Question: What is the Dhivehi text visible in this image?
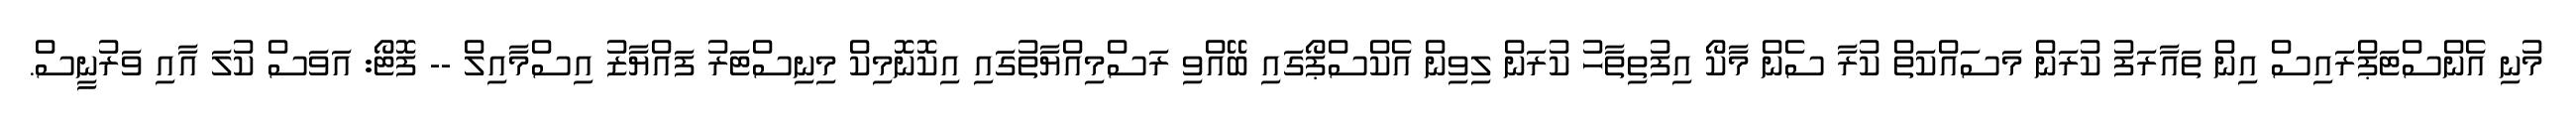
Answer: މުނި އެންސްޓަޕްރައިސް އިން ތައާރަފު ކުރަން މަސައްކަތް ކުރާ ސެން މާކޯ އިފުތިތާހު ކުރަން ލިވިން އެކްސްޕޯގައި ބޭއްވި ރަސްމިއްޔާތުގައި އިކޮނޮމިކް މިނިސްޓަރު ފައްޔާޒު އިސްމާއިލް -- ފޮޓޯ: އަވަސް ކުލަ އާއި ވަރުނީސް.